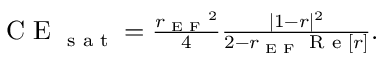
\begin{array} { r } { \textrm { C E } _ { \textrm { s a t } } = \frac { { r _ { \textrm { E F } } } ^ { 2 } } { 4 } \frac { | 1 - r | ^ { 2 } } { 2 - r _ { \textrm { E F } } \textrm { R e } [ r ] } . } \end{array}